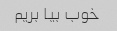
خوب بیا بریم